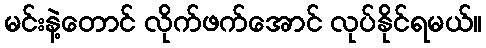
မင်းနဲ့တောင် လိုက်ဖက်အောင် လုပ်နိုင်ရမယ်။